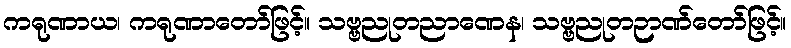
ကရုဏာယ၊ ကရုဏာတော်ဖြင့်။ သဗ္ဗညုတညာဏေန၊ သဗ္ဗညုတဉာဏ်တော်ဖြင့်။